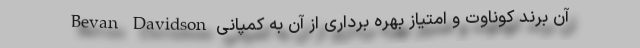
آن برند کوناوت و امتیاز بهره برداری از آن به کمپانی Bevan Davidson